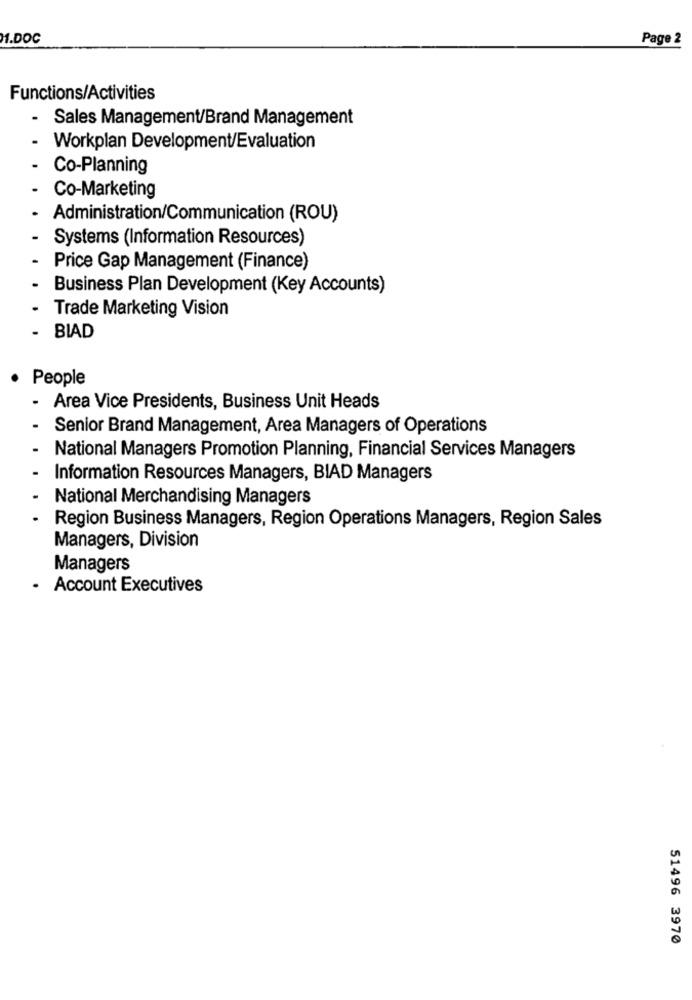
M.DOC
Page 2
Functions/Activities
.
Sales Management/Brand Management
Workplan Development/Evaluation
Co-Planning
Co-Marketing
Administration/Communication (ROU)
Systems (Information Resources)
Price Gap Management (Finance)
Business Plan Development (Key Accounts)
Trade Marketing Vision
BIAD
People
Area Vice Presidents, Business Unit Heads
Senior Brand Management, Area Managers of Operations
National Managers Promotion Planning, Financial Services Managers
Information Resources Managers, BIAD Managers
National Merchandising Managers
Region Business Managers, Region Operations Managers, Region Sales
Managers, Division
Managers
.
Account Executives
51496 3970